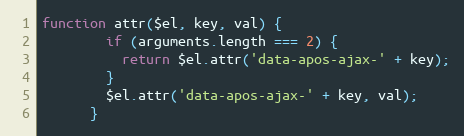
Language: JavaScript
function attr($el, key, val) {
        if (arguments.length === 2) {
          return $el.attr('data-apos-ajax-' + key);
        }
        $el.attr('data-apos-ajax-' + key, val);
      }